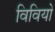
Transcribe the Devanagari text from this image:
विवियो